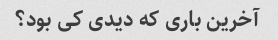
آخرین باری که دیدی کی بود؟